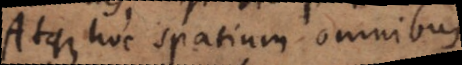
Atque hoc spatium omnibus